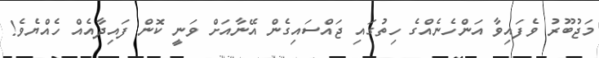
މަޖުބޫރު ވެފައިވާ އަންހެނެއްގެ ހިތުގައި ޖައްސައިގެން އޭނާއަށް ވަނީ ކޮން ފައިދާއެއް ހެއްޔެވެ!